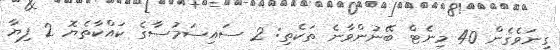
ގިނަވެގެން 40 މިނެޓް ބޭނުންވާނެ ތަކެތި: 2 ސައިސަމުސާގެ ކައްކާތެޔޮ 2 ފިޔާ